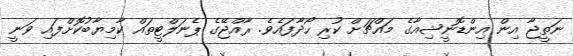
ނަތީޖާ އިން އިންޑޮނީޝިއާގެ މައްޗަށް ކުރި ހޯދާފައެވެ. ރާއްޖޭގެ ޕެނަލްޓީތައް ކާމިޔާބުކޮށްފައި ވަނީ